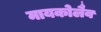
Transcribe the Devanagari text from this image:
मायकोलैव